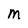
Character: M